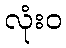
လုံးဝ